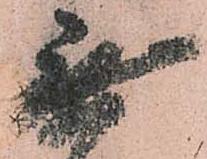
無